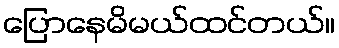
ပြောနေမိမယ်ထင်တယ်။